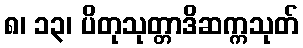
၈၊ ၁၃၊ ပိတုသုတ္တာဒိဆက္ကသုတ်